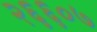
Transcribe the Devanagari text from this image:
२६६०७